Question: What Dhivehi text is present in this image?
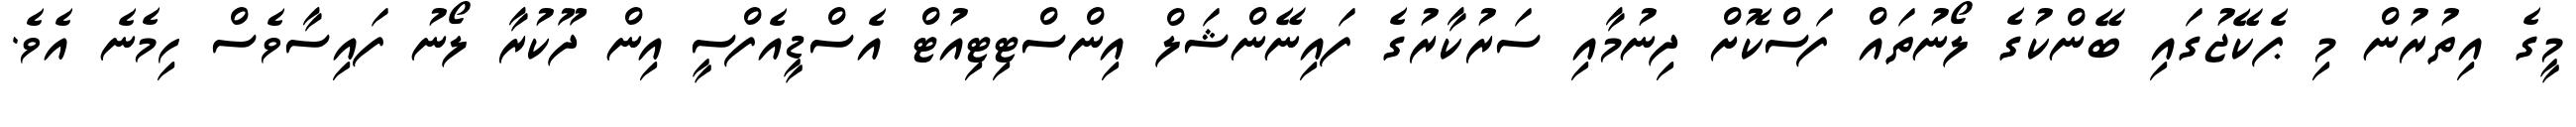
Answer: މީގެ އިތުރުން މި ޕެކޭޖުގައި ބޭންކުގެ ލޯނުތައް ފަސްކޮށް ދިނުމާއި ސަރުކާރުގެ ފައިނޭންޝަލް އިންސްޓިޓިއުޓް އެސްޑީއެފްސީ އިން ދޫކުރާ ލޯނު ފައިސާވެސް ހިމެނެ އެވެ.